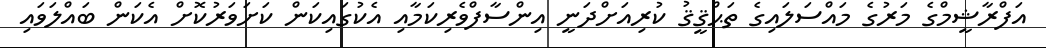
އަފްރާޝީމްގެ މަރުގެ މައްސަލައިގެ ތަޙްޤީޤު ކުރިއަށްދަނީ އިންސާފްވެރިކަމާއި އެކުގައިކަން ކަށަވަރުކޮށް އެކަން ބައްލަވައި